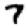
Digit: 7